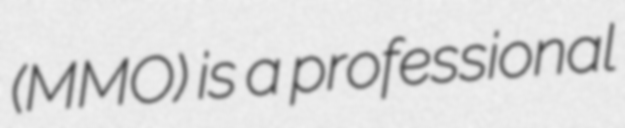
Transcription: (MMO) is a professional